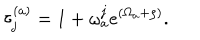
\tau _ { j } ^ { ( a ) } = 1 + \omega _ { a } ^ { j } e ^ { ( \Omega _ { a } + \rho ) } .